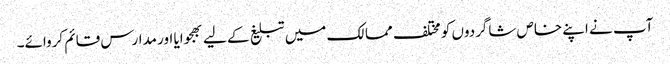
آپ نے اپنے خاص شاگردوں کو مختلف ممالک میں تبلیغ کے لیے بھجوایا اور مدارس قائم کروائے۔